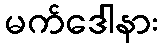
မက်ဒေါနား